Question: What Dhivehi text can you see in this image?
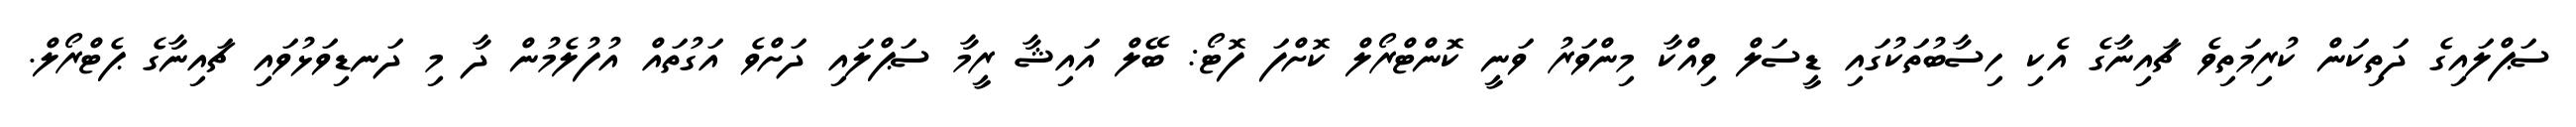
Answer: ސަޕްލައިގެ ދަތިކަން ކުރިމަތިވެ ޗައިނާގެ އެކި ހިސާބުތަކުގައި ޑީސަލް ވިއްކާ މިންވަރު ވަނީ ކޮންޓްރޯލް ކޮށްފަ ފޮޓޯ: ބޭލް އައިޝާ ރީމާ ސަޕްލައި ދަށްވެ އަގުތައް އުފުލެމުން ދާ މި ދަނޑިވަޅުވައި ޗައިނާގެ ޕެޓްރޯލް.